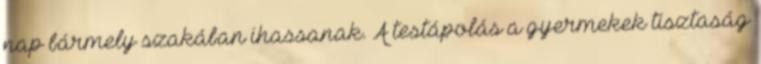
nap bármely szakában ihassanak. A testápolás a gyermekek tisztaság